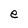
Character: e